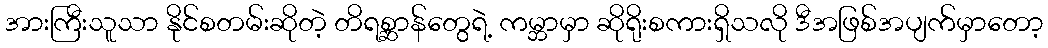
အားကြီးသူသာ နိုင်စတမ်းဆိုတဲ့ တိရစ္ဆာန်တွေရဲ့ ကမ္ဘာမှာ ဆိုရိုးစကားရှိသလို ဒီအဖြစ်အပျက်မှာတော့